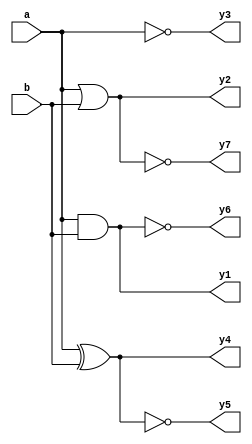
module allgates(a,b,y1,y2,y3,y4,y5,y6,y7);
input a,b;
output y1,y2,y3,y4,y5,y6,y7;
and g1(y1,a,b);
or  g2(y2,a,b);
not g3(y3,a);
xor g4(y4,a,b);
xnor g5(y5,a,b);
nand g6(y6,a,b);
nor g7(y7,a,b);
endmodule